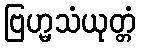
ဗြဟ္မသံယုတ္တံ